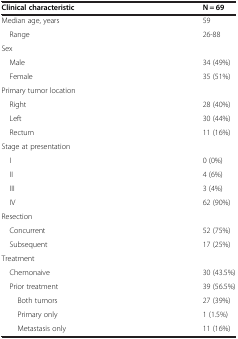
<table><thead><tr><td><b>Clinical characteristic</b></td><td><b>N = 69</b></td></tr></thead><tbody><tr><td>Median age, years</td><td>59</td></tr><tr><td> Range</td><td>26-88</td></tr><tr><td>Sex</td><td></td></tr><tr><td> Male</td><td>34 (49%)</td></tr><tr><td> Female</td><td>35 (51%)</td></tr><tr><td>Primary tumor location</td><td></td></tr><tr><td> Right</td><td>28 (40%)</td></tr><tr><td> Left</td><td>30 (44%)</td></tr><tr><td> Rectum</td><td>11 (16%)</td></tr><tr><td>Stage at presentation</td><td></td></tr><tr><td> I</td><td>0 (0%)</td></tr><tr><td> II</td><td>4 (6%)</td></tr><tr><td> III</td><td>3 (4%)</td></tr><tr><td> IV</td><td>62 (90%)</td></tr><tr><td>Resection</td><td></td></tr><tr><td> Concurrent</td><td>52 (75%)</td></tr><tr><td> Subsequent</td><td>17 (25%)</td></tr><tr><td>Treatment</td><td></td></tr><tr><td> Chemonaive</td><td>30 (43.5%)</td></tr><tr><td> Prior treatment</td><td>39 (56.5%)</td></tr><tr><td>Both tumors</td><td>27 (39%)</td></tr><tr><td>Primary only</td><td>1 (1.5%)</td></tr><tr><td>Metastasis only</td><td>11 (16%)</td></tr></tbody></table>